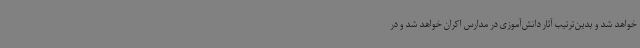
خواهد شد و بدین‌ترتیب آثار دانش‌آموزی در مدارس اکران خواهد شد و در